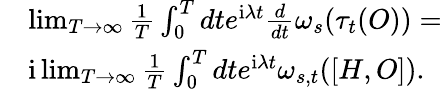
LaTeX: \begin{array}{rl}&{\operatorname*{lim}_{T\to\infty}\frac{1}{T}\int_{0}^{T}dte^{\mathrm{i}\lambda t}\frac{d}{dt}\omega_{s}(\tau_{t}(O))=}\\ &{\mathrm{i}\operatorname*{lim}_{T\to\infty}\frac{1}{T}\int_{0}^{T}dte^{\mathrm{i}\lambda t}\omega_{s,t}([H,O]).}\end{array}